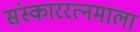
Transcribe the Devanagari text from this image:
संस्काररत्नमाला